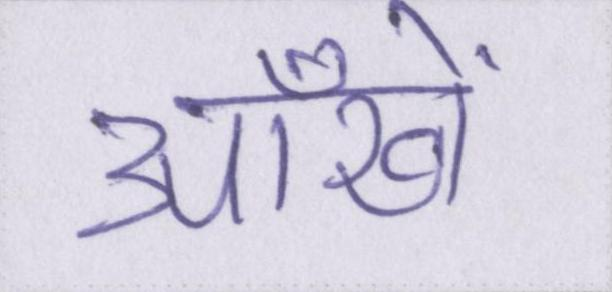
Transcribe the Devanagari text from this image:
आँखें